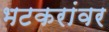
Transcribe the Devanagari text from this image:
भटकरांवर